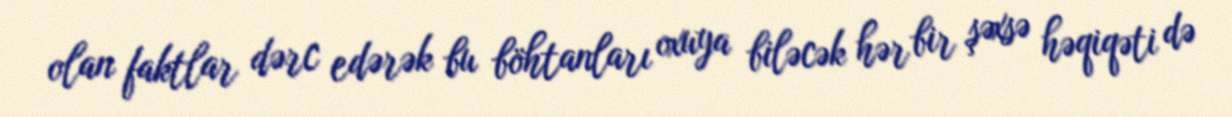
olan faktlar dərc edərək bu böhtanları oxuya biləcək hər bir şəxsə həqiqəti də